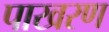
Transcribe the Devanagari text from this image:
पाखरण